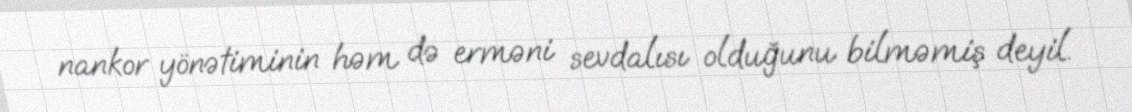
nankor yönətiminin həm də erməni sevdalısı olduğunu bilməmiş deyil.